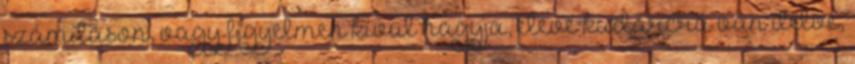
számításon, vagy figyelmen kívül hagyja, eleve kudarcra van ítélve,